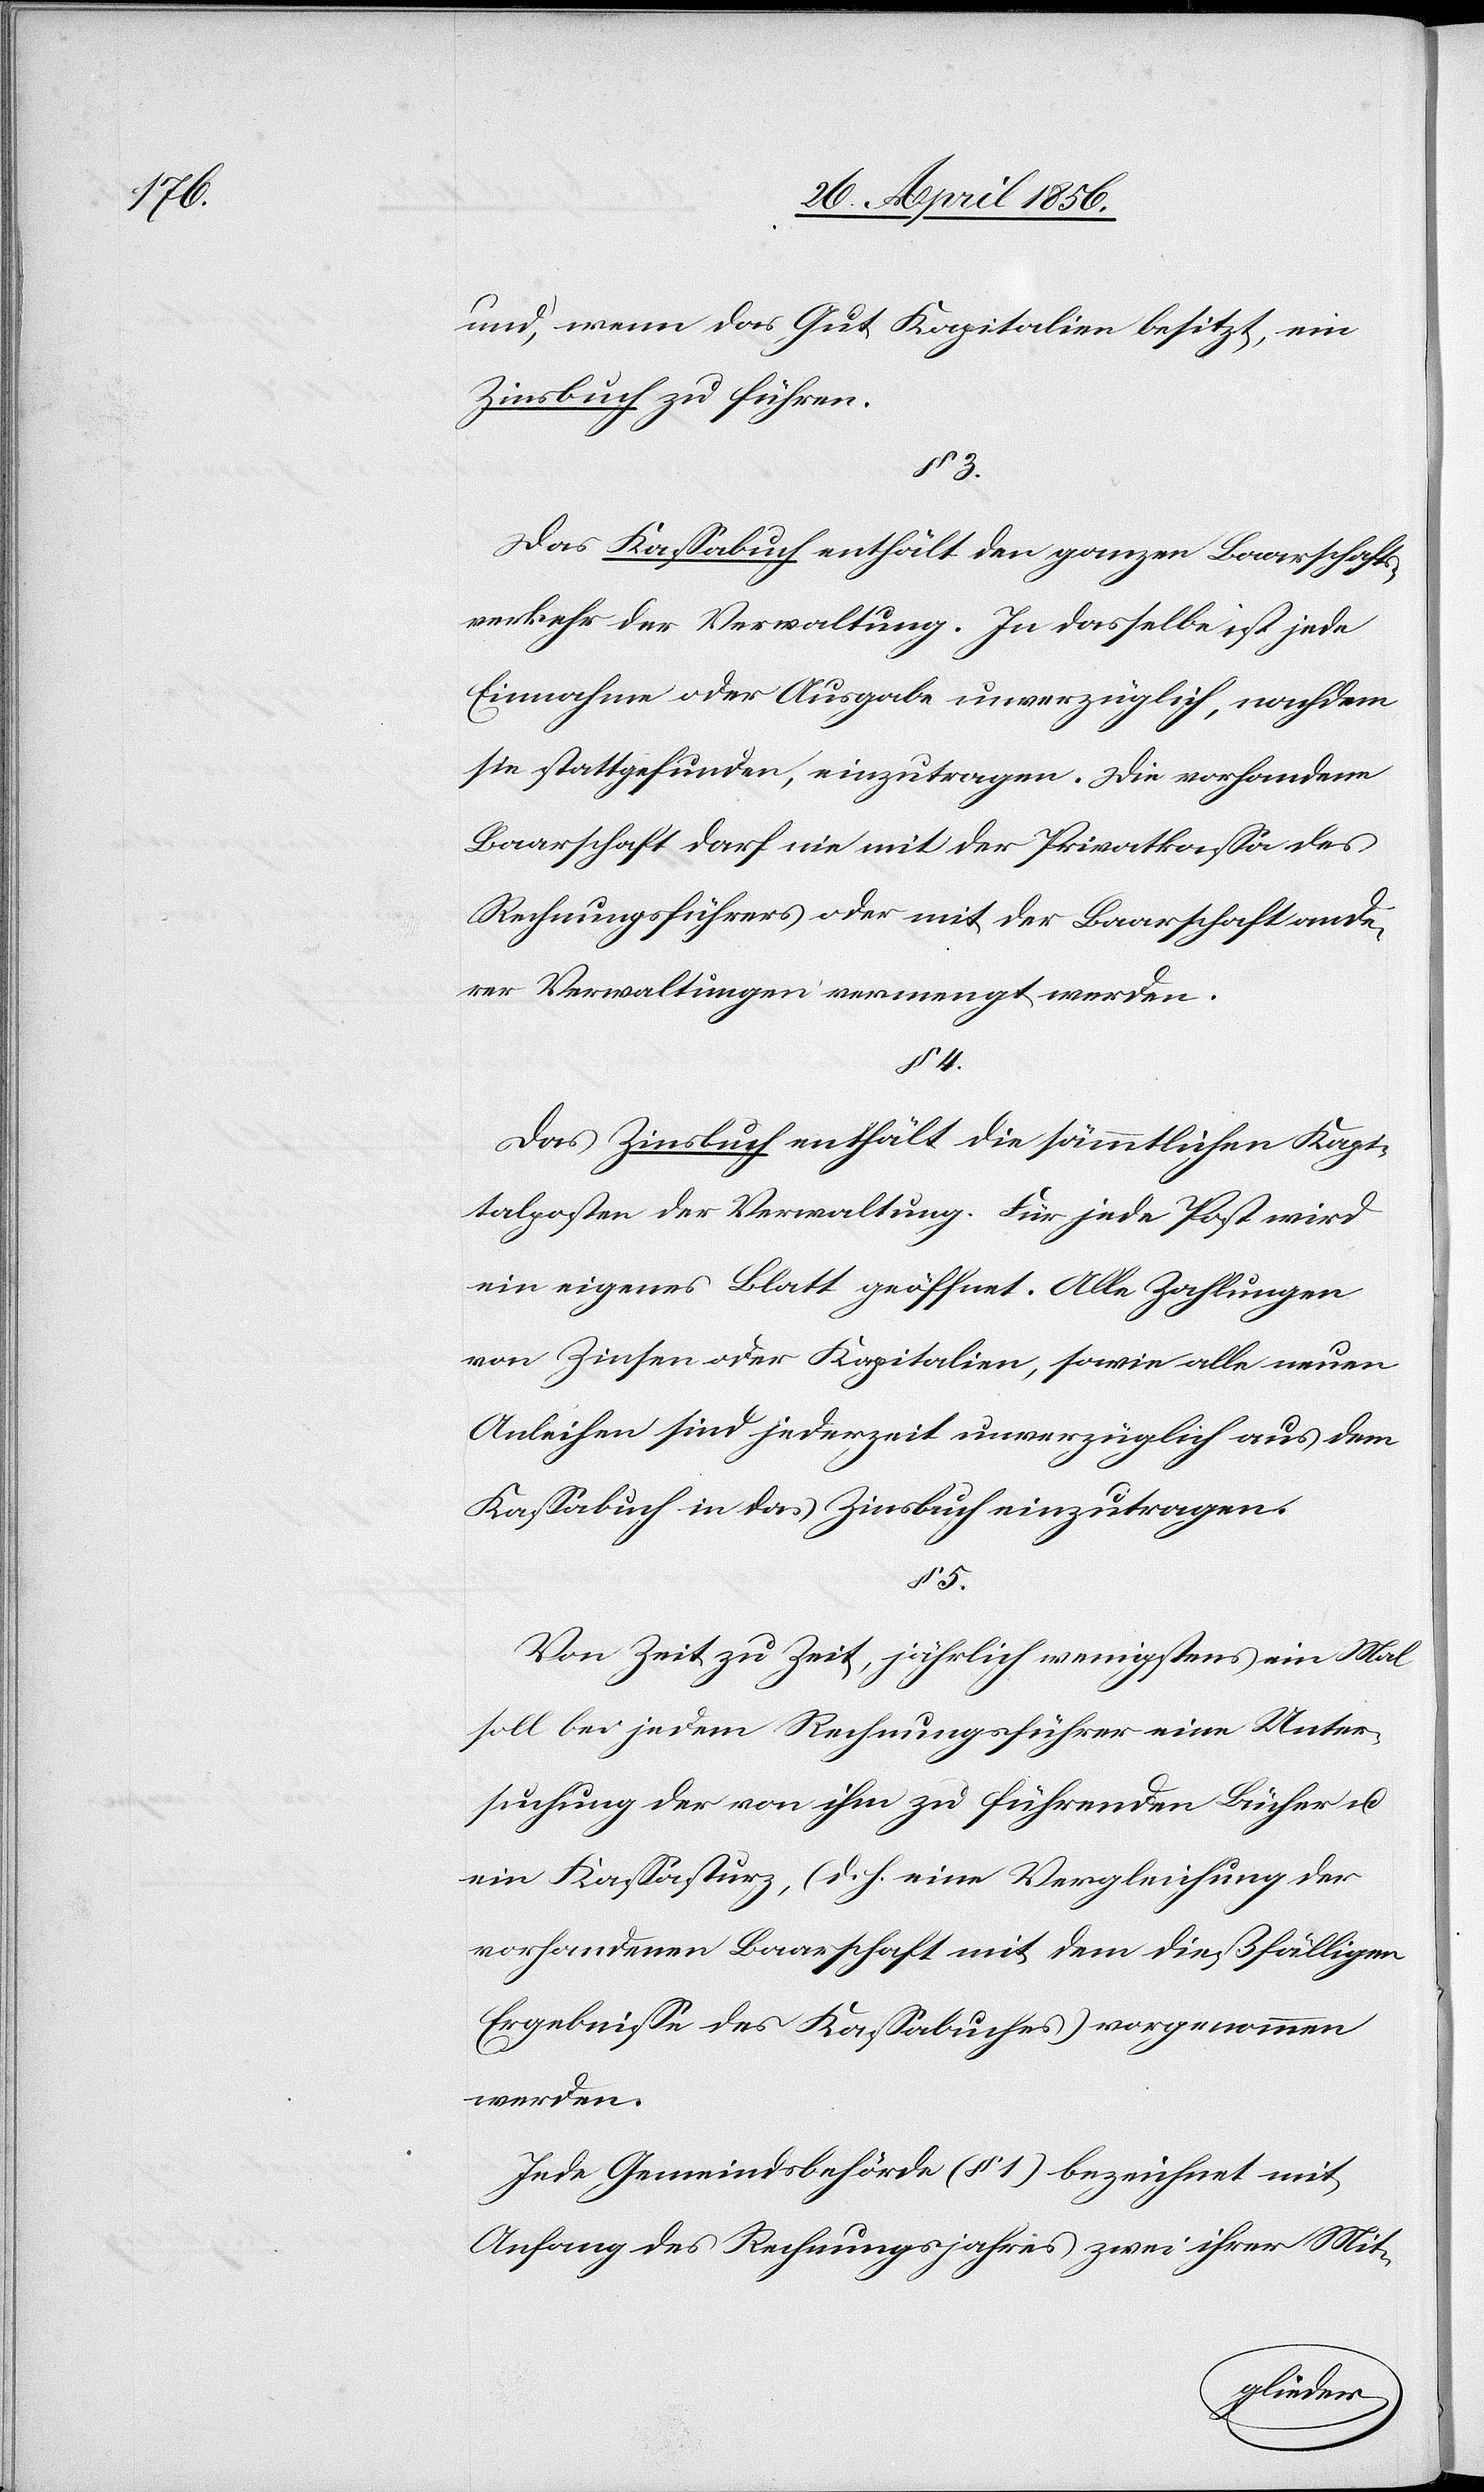
und, wenn das Gut Kapitalien besitzt, ein
Zinsbuch zu führen.
§ 3.
Das Kassabuch enthält den ganzen Baarschafts¬
verkehr der Verwaltung. In dasselbe ist jede
Einnahme oder Ausgabe unverzüglich, nachdem
sie stattgefunden, einzutragen. Die vorhandene
Baarschaft darf nie mit der Privatkassa des
Rechnungsführers oder mit der Baarschaft ande¬
rer Verwaltungen vermengt werden.
§ 4.
Das Zinsbuch enthält die sämmtlichen Kapi¬
talposten der Verwaltung. Für jede Post wird
ein eigenes Blatt geöffnet. Alle Zahlungen
von Zinsen oder Kapitalien, sowie alle neuen
Anleihen sind jederzeit unverzüglich aus dem
Kassabuch in das Zinsbuch einzutragen.
§ 5.
Von Zeit zu Zeit, jährlich wenigstens ein Mal
soll bei jedem Rechnungsführer eine Unter¬
suchung der von ihm zu führenden Bücher u.
ein Kassasturz, (d. h. eine Vergleichung der
vorhandenen Baarschaft mit dem dießfälligen
Ergebnisse des Kassabuches vorgenommen
werden.
Jede Gemeindsbehörde (§ 1) bezeichnet mit
Anfang des Rechnungsjahres zwei ihrer Mit-